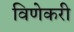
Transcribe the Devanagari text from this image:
विणेकरी